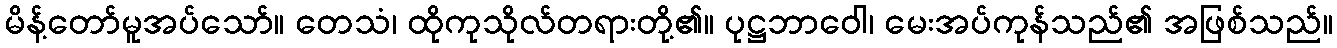
မိန့်တော်မူအပ်သော်။ တေသံ၊ ထိုကုသိုလ်တရားတို့၏။ ပုဋ္ဌဘာဝေါ၊ မေးအပ်ကုန်သည်၏ အဖြစ်သည်။